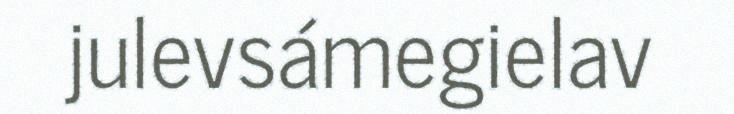
julevsámegielav